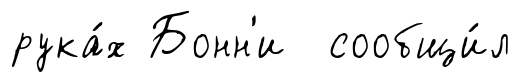
рука́х Бонн'и сообщи́л